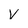
Character: V